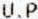
U.P